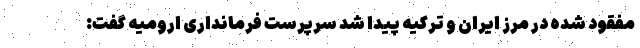
مفقود شده در مرز ایران و ترکیه پیدا شد سرپرست فرمانداری ارومیه گفت: